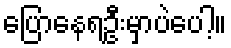
ပြောနေရဦးမှာပဲပေါ့။